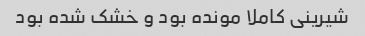
شیرینی کاملا مونده بود و خشک شده بود